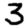
Digit: 3